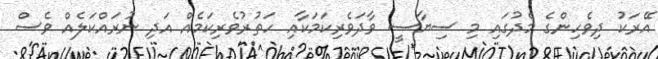
އޭރަކު ދިވެހިންގެ މެދުގައި މި ސިޔާސީ ވާދަވެރިކަމަކާއި ހަތުރުވެރިކަމެއް އަދި ނުރައްކަލެއް ވެސް